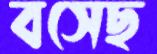
বসেছ